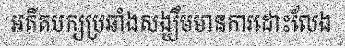
អតីតបក្សប្រឆាំងសង្ឃឹមមានការដោះលែង